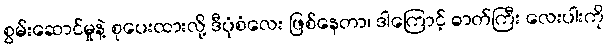
စွမ်းဆောင်မှုနဲ့ စုပေးထားလို့ ဒီပုံစံလေး ဖြစ်နေတာ၊ ဒါကြောင့် ဓာတ်ကြီး လေးပါးကို